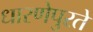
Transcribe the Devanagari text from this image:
धारणेपुरते